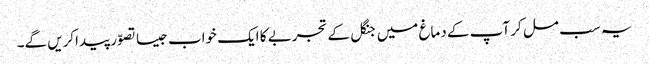
یہ سب مل کر آپ کے دماغ میں جنگل کے تجربے کا ایک خواب جیسا تصوّر پیداکریں گے۔